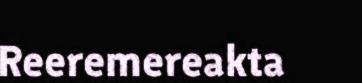
Reeremereakta